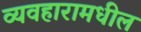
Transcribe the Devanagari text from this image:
व्यवहारामधील